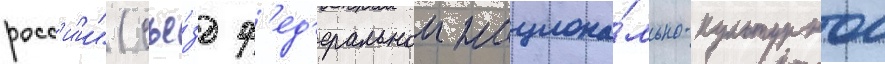
росс'и́и" (съе́зд ф'ед'еральнои национа́льно-культурнои